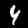
Label: 4